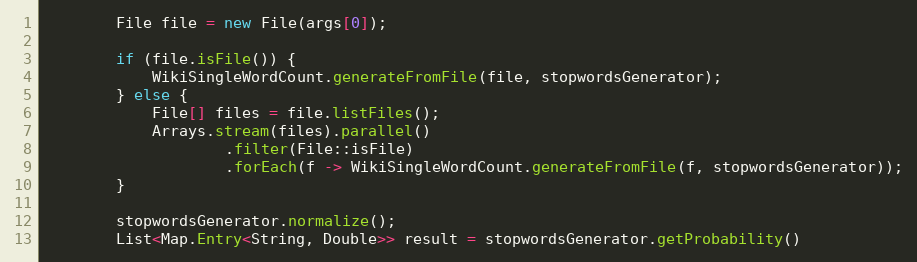
Language: Java
        File file = new File(args[0]);

        if (file.isFile()) {
            WikiSingleWordCount.generateFromFile(file, stopwordsGenerator);
        } else {
            File[] files = file.listFiles();
            Arrays.stream(files).parallel()
                    .filter(File::isFile)
                    .forEach(f -> WikiSingleWordCount.generateFromFile(f, stopwordsGenerator));
        }

        stopwordsGenerator.normalize();
        List<Map.Entry<String, Double>> result = stopwordsGenerator.getProbability()